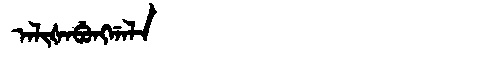
Manchu: ᠠᠯᡳᡧᠠᠪᡠᠩᡤᠠᠯᠠ
Romanization: ALIŠABUNGGALA